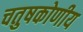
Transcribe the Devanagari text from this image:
चतुषकोणीय